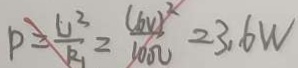
P = \frac { U ^ { 2 } } { R _ { 1 } } = \frac { ( 6 v ) ^ { 2 } } { 3 0 0 \Omega } = 3 . 6 W